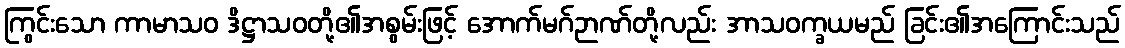
ကြွင်းသော ကာမာသဝ ဒိဋ္ဌာသဝတို့၏အစွမ်းဖြင့် အောက်မဂ်ဉာဏ်တို့လည်း အာသဝက္ခယမည် ခြင်း၏အကြောင်းသည်